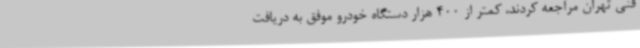
فنی تهران مراجعه کردند، کمتر از 400 هزار دستگاه خودرو موفق به دریافت